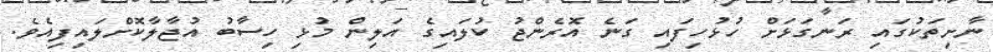
ނާށިތަކުގައި ރަނގަޅަށް ހުޅުހިފައި ގަނެ އޮރެންޖު ކުލައިގެ އަލިން މުޅި ހިސާބު އުޖާލާކޮށްލައިފިއެވެ.